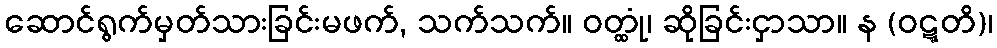
ဆောင်ရွက်မှတ်သားခြင်းမဖက်, သက်သက်။ ဝတ္ထုံ၊ ဆိုခြင်းငှာသာ။ န (ဝဋ္ဋတိ)၊